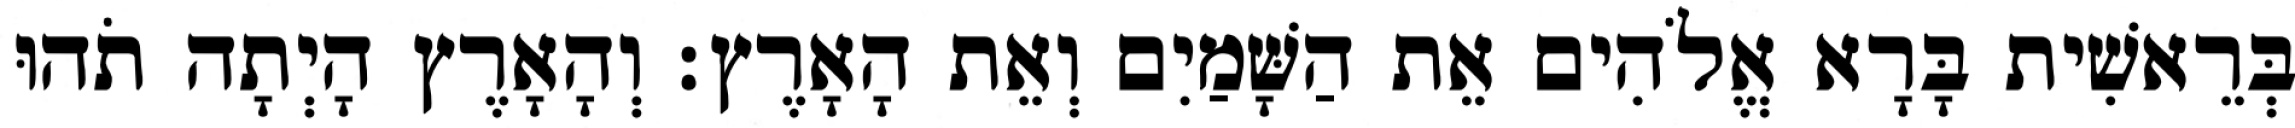
בְּרֵאשִׁית בָּרָא אֱלֹהִים אֵת הַשָּׁמַיִם וְאֵת הָאָרֶץ׃ וְהָאָרֶץ הָיְתָה תֹהוּ